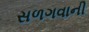
સળગવાની